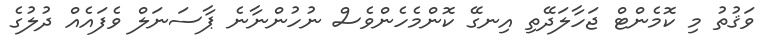
ވަޤުތު މި ކޮމެންޓް ޖަހާލަދޭތި އިނގޭ ކޮންމެހެންވެސް ނުހުންނާނެ ޕާސަނަލް ވެފައެއް ދުލުގެ